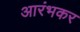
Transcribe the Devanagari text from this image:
आरंभकर